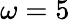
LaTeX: \omega=5